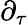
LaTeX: \partial_{\tau}